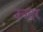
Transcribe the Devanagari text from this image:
उनदर